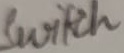
Text: Switch